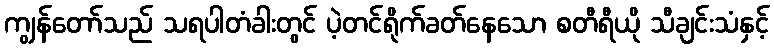
ကျွန်တော်သည် သရပါတံခါးတွင် ပဲ့တင်ရိုက်ခတ်နေသော စတီရီယို သီချင်းသံနှင့်